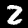
Label: 2